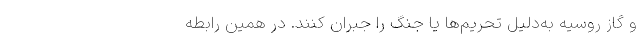
و گاز روسیه به‌دلیل تحریم‌ها یا جنگ را جبران کنند. در همین رابطه